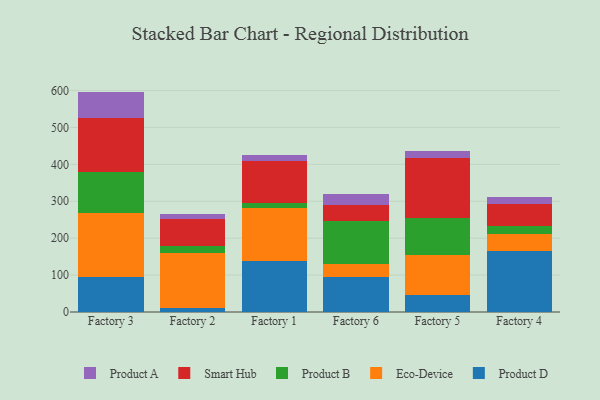
{"axis": {"x": "Factory", "y": "Energy Usage (MWh)"}, "legend": ["Eco-Device", "Product A", "Product B", "Product D", "Smart Hub"], "data": [{"x": "Factory 3", "y": 93.8, "type": "Product D"}, {"x": "Factory 3", "y": 175.4, "type": "Eco-Device"}, {"x": "Factory 3", "y": 110.9, "type": "Product B"}, {"x": "Factory 3", "y": 145.2, "type": "Smart Hub"}, {"x": "Factory 3", "y": 71.8, "type": "Product A"}, {"x": "Factory 2", "y": 11.5, "type": "Product D"}, {"x": "Factory 2", "y": 147.8, "type": "Eco-Device"}, {"x": "Factory 2", "y": 19.8, "type": "Product B"}, {"x": "Factory 2", "y": 71.6, "type": "Smart Hub"}, {"x": "Factory 2", "y": 14.3, "type": "Product A"}, {"x": "Factory 1", "y": 138.9, "type": "Product D"}, {"x": "Factory 1", "y": 141.9, "type": "Eco-Device"}, {"x": "Factory 1", "y": 14.7, "type": "Product B"}, {"x": "Factory 1", "y": 113.0, "type": "Smart Hub"}, {"x": "Factory 1", "y": 16.5, "type": "Product A"}, {"x": "Factory 6", "y": 93.5, "type": "Product D"}, {"x": "Factory 6", "y": 36.6, "type": "Eco-Device"}, {"x": "Factory 6", "y": 116.7, "type": "Product B"}, {"x": "Factory 6", "y": 42.6, "type": "Smart Hub"}, {"x": "Factory 6", "y": 30.6, "type": "Product A"}, {"x": "Factory 5", "y": 45.0, "type": "Product D"}, {"x": "Factory 5", "y": 110.2, "type": "Eco-Device"}, {"x": "Factory 5", "y": 98.6, "type": "Product B"}, {"x": "Factory 5", "y": 162.8, "type": "Smart Hub"}, {"x": "Factory 5", "y": 20.9, "type": "Product A"}, {"x": "Factory 4", "y": 165.1, "type": "Product D"}, {"x": "Factory 4", "y": 47.5, "type": "Eco-Device"}, {"x": "Factory 4", "y": 21.0, "type": "Product B"}, {"x": "Factory 4", "y": 59.2, "type": "Smart Hub"}, {"x": "Factory 4", "y": 20.0, "type": "Product A"}]}